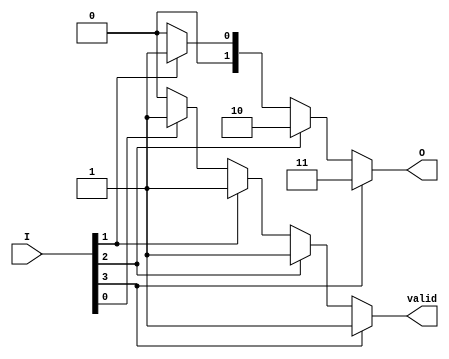
module one_of_n_encoder (
    input wire [3:0] I,           // N inputs (I[0], I[1], I[2], I[3])
    output reg [1:0] O,           // M outputs (O[0], O[1]) for M = ceil(log2(4))
    output reg valid               // Indicates valid output (1 if valid, 0 if invalid)
);

    always @(*) begin
        // Default output
        O = 2'b00;                 // Default output
        valid = 1'b0;             // Default valid signal
        
        case (1'b1)                // Check for active input
            I[3]: begin
                O = 2'b11;         // Output for I[3] active
                valid = 1'b1;     // Set valid signal
            end
            I[2]: begin
                O = 2'b10;         // Output for I[2] active
                valid = 1'b1;     // Set valid signal
            end
            I[1]: begin
                O = 2'b01;         // Output for I[1] active
                valid = 1'b1;     // Set valid signal
            end
            I[0]: begin
                O = 2'b00;         // Output for I[0] active
                valid = 1'b1;     // Set valid signal
            end
            default: begin
                O = 2'b00;         // Default output (can be changed to other patterns)
                valid = 1'b0;     // No valid output
            end
        endcase
    end

endmodule